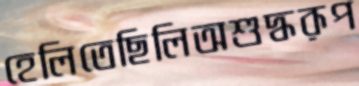
হেলিতেছিলিঅশুদ্ধরূপ